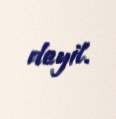
deyil.